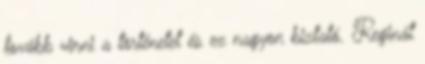
tovább vinni a történetet és ez nagyon biztató. Reginát